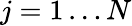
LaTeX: j=1\ldots N